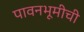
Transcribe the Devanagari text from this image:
पावनभूमीची